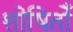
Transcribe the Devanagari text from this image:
शोषितोँ